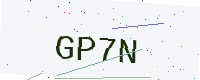
Text: GP7N